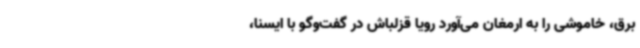
برق، خاموشی را به ارمغان می‌آورد رویا قزلباش در گفت‌وگو با ایسنا،